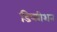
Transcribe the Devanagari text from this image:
डिप्लीशन